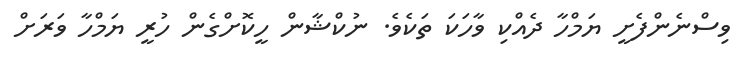
ވިސްނެންފެށީ ޔަމްހާ ދެއްކި ވާހަކަ ތަކެވެ. ނުކްޝާން ހީކޮށްގެން ހުރީ ޔަމްހާ ވަރަށް